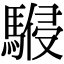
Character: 𩤨